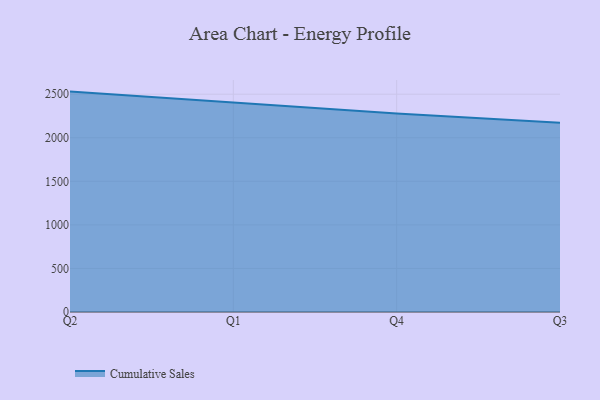
{"axis": {"x": "Quarter", "y": "Market Share (%)"}, "legend": ["Cumulative Sales"], "data": [{"x": "Q2", "y": 2529.8, "type": "Cumulative Sales"}, {"x": "Q1", "y": 2400.7, "type": "Cumulative Sales"}, {"x": "Q4", "y": 2277.6, "type": "Cumulative Sales"}, {"x": "Q3", "y": 2171.6, "type": "Cumulative Sales"}]}